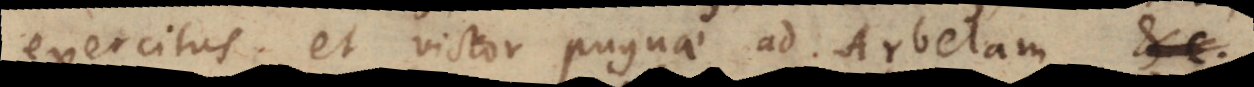
exercitus et victor pugnae ad Arbelam, etc.